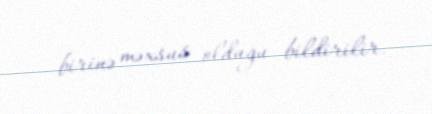
birinə məxsus olduğu bildirilir.